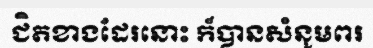
ជិតខាងដែរនោះ ក៏បានសំនូមពរ